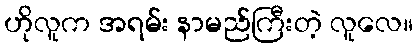
ဟိုလူက အရမ်း နာမည်ကြီးတဲ့ လူလေ။